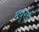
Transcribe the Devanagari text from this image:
मथुरई